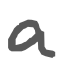
Text: a
Cross-out: clean
Writing tool: digital_gray